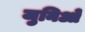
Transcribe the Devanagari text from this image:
जुनिओ